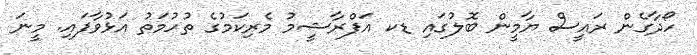
ހޯދާގެން ރައީސް ޔާމީން ބޮލުގައި ޑކ އަފްރާޝީމު މެރިކަމުގެ ތުހުމަތު އަޅުވާފައި. މީނަ